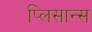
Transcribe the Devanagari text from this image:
प्लिसान्स